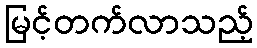
မြင့်တက်လာသည့်